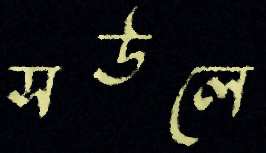
সউলে